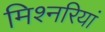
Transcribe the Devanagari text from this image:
मिश्नरियां